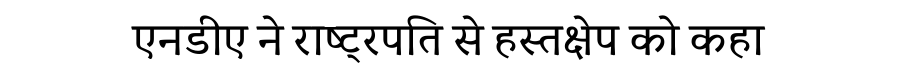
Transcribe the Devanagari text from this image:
एनडीए ने राष्ट्रपति से हस्तक्षेप को कहा